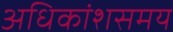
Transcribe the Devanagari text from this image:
अधिकांशसमय